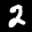
Label: 2